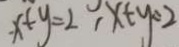
\cdot x + y = 2 , x + y = 2